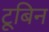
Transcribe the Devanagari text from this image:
टूबिन